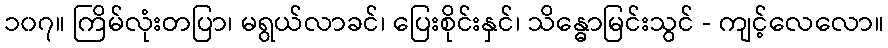
၁၀၇။ ကြိမ်လုံးတပြာ၊ မရွယ်လာခင်၊ ပြေးစိုင်းနှင်၊ သိန္ဓောမြင်းသွင် - ကျင့်လေလော။